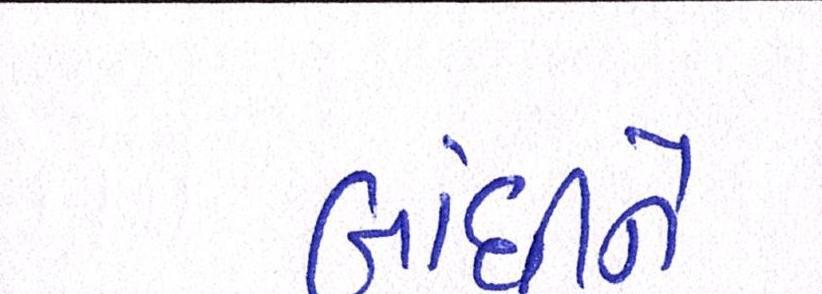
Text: બાંધીને